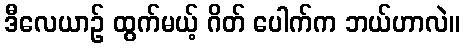
ဒီလေယာဉ် ထွက်မယ့် ဂိတ် ပေါက်က ဘယ်ဟာလဲ။